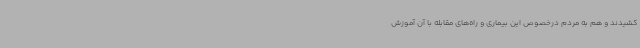
کشیدند و هم به مردم درخصوص این بیماری و راه‌های مقابله با آن آموزش